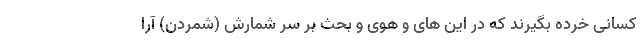
کسانی خُرده بگیرند که در این های و هوی و بحث بر سر شمارش (شمردن) آرا